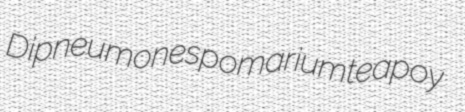
Dipneumones pomarium teapoy